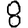
Digit: 8